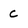
Character: c